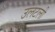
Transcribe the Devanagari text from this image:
उलटली